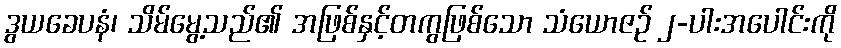
ဒွယခေပနံ၊ သိမ်မွေ့သည်၏ အဖြစ်နှင့်တကွဖြစ်သော သံယောဇဉ် ၂-ပါးအပေါင်းကို